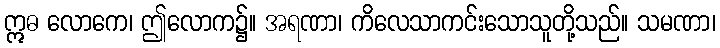
ဣဓ လောကေ၊ ဤလောက၌။ အရဏာ၊ ကိလေသာကင်းသောသူတို့သည်။ သမဏာ၊